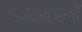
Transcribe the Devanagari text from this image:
ब्रम्हभुवनीं